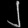
Digit: ၂